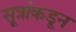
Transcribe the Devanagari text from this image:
सूत्रांकडून